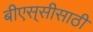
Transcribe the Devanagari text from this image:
बीएस्‌सीसाठी